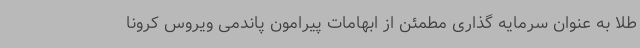
طلا به عنوان سرمایه گذاری مطمئن از ابهامات پیرامون پاندمی ویروس کرونا